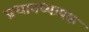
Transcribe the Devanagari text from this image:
प्रधानध्यापक